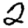
Digit: 2